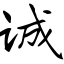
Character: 诚